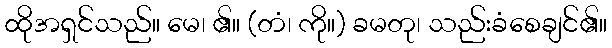
ထိုအရှင်သည်။ မေ၊ ၏။ (တံ၊ ကို။) ခမတု၊ သည်းခံစေချင်၏။